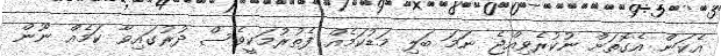
އެކަން އެގޮތަށް ނުކުރެވިއްޖެ ނަމަ ބަލި މަޑުކަމެއް ފެތުރުމަކީވެސް ދުރުގައިވާ ކަމެއް ނޫން